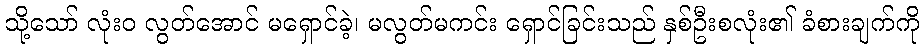
သို့သော် လုံးဝ လွတ်အောင် မရှောင်ခဲ့၊ မလွတ်မကင်း ရှောင်ခြင်းသည် နှစ်ဦးစလုံး၏ ခံစားချက်ကို